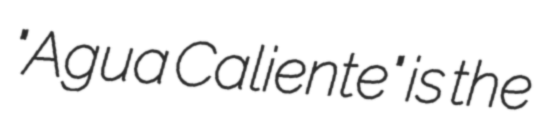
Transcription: "Agua Caliente" is the